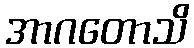
အာဂတောသိ